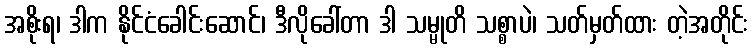
အစိုးရ၊ ဒါက နိုင်ငံခေါင်းဆောင်၊ ဒီလိုခေါ်တာ ဒါ သမ္မုတိ သစ္စာပဲ၊ သတ်မှတ်ထား တဲ့အတိုင်း